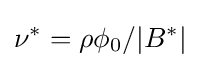
\nu ^{*}=\rho \phi _{0}/|B^{*}|